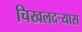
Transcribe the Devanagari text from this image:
चिखलदर्‍यास